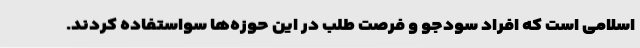
اسلامی است که افراد سودجو و فرصت طلب در این حوزه‌ها سواستفاده کردند.